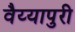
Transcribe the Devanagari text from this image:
वैय्यापुरी